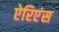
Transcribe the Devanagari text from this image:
ऐरिएंस